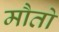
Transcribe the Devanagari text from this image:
मौतो